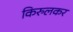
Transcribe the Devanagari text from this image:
किरुलकर